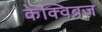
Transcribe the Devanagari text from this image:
केक्विब्रज